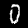
Label: 0